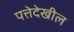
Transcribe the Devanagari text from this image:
पत्तेदेखील